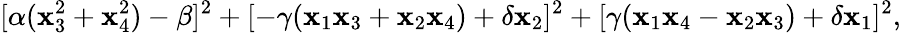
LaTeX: [\alpha(\mathbf{x}_{3}^{2}+\mathbf{x}_{4}^{2})-\beta]^{2}+[-\gamma(\mathbf{x}_{1}\mathbf{x}_{3}+\mathbf{x}_{2}\mathbf{x}_{4})+\delta\mathbf{x}_{2}]^{2}+[\gamma(\mathbf{x}_{1}\mathbf{x}_{4}-\mathbf{x}_{2}\mathbf{x}_{3})+\delta\mathbf{x}_{1}]^{2},